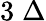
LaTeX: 3\; \Delta